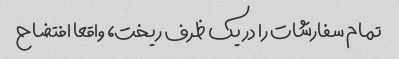
تمام سفارشات را در یک ظرف ریخت، واقعا افتضاح